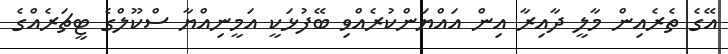
އޭގެ ތެރެއިން މާލީ ދާއިރާ އިން އައްޔަންކުރެއްވި ބޭފުޅަކީ އަމީނިއްޔާ ސްކޫލްގެ ޓީޗަރެއްގެ